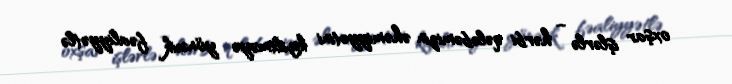
oxşar işlərlə – hərbi qələbəmizin əhəmiyyətini kiçiltməyə yönəıik fəaliyyətlə